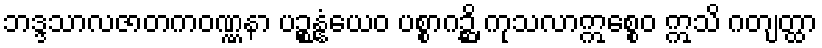
ဘဒ္ဒသာလဇာတကဝဏ္ဏနာ ပဉ္စန္နံယေဝ ပစ္စာဂဉ္ဆိ ကုသလာဣစ္စေဝ ဣသိ ဂတျတ္ထာ